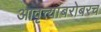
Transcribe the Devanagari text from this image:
आवृत्त्यांबरोबरच